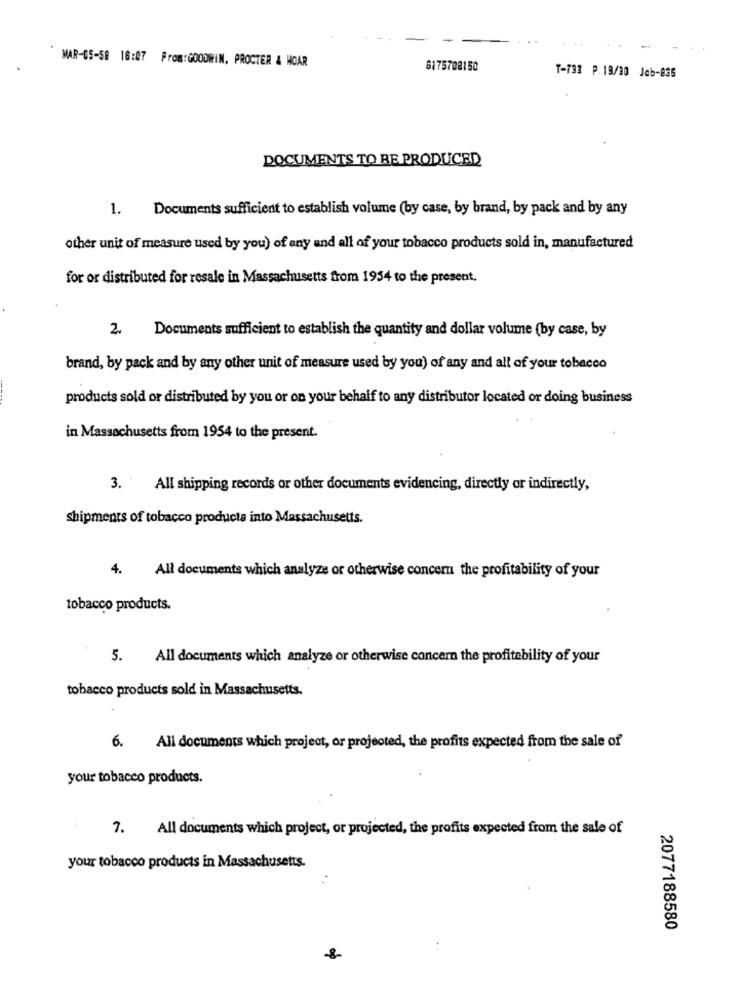
MAR-05-58 18:27 From:GOODWIN. PROCTER & WOAR
6175708150
T-733 P.19/30 Job-835
DOCUMENTS TO RE PRODUCED
1.
Documents sufficient to establish volume (by case, by brand, by pack and by any
other unit of measure used by you) of any and all of your tobacco products sold in, manufactured
for or distributed for resale in Massachusetts from 1954 to the present.
2.
Documents sufficient to establish the quantity and dollar volume (by case, by
brand, by pack and by any other unit of measure used by you) of any and all of your tobacco
products sold or distributed by you or on your behalf to any distributor located or doing business
in Massachusetts from 1954 to the present.
3. All shipping records or other documents evidencing, directly or indirectly,
shipments of tobacco products into Massachusetts.
4. All documents which analyze or otherwise concern the profitability of your
tobacco products.
5. All documents which analyze or otherwise concern the profitability of your
tobacco products sold in Massachusetts.
6.
All documents which project, or projected, the profits expected from the sale of
your tobacco products.
7. All documents which project, or projected, the profits expected from the sale of
your tobacco products in Massachusetts.
2077188580